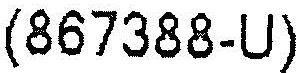
(867388-U)